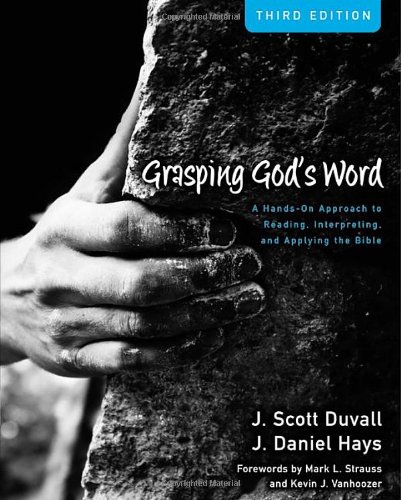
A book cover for Grasping God's Word: A Hands-On Approach to Reading, Interpreting, and Applying the Bible; J. Scott Duvall; Christian Books & Bibles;